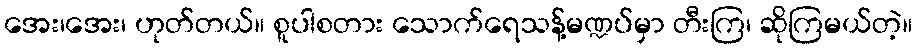
အေး၊အေး၊ ဟုတ်တယ်။ စူပါစတား သောက်ရေသန့်မဏ္ဍပ်မှာ တီးကြ၊ ဆိုကြမယ်တဲ့။